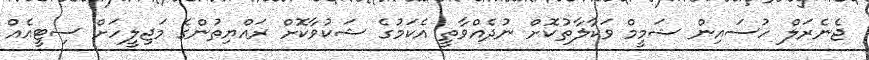
ޖެނެރަލް ހުސައިން ޝަމީމް ވަކާލާތުކޮށް ނުދެއްވާތީ އެކަމުގެ ޝަކުވާކޮށް ރައްޔިތުންގެ މަޖިލީހަށް ސިޓީއެއް